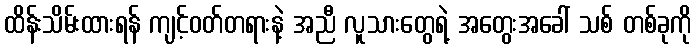
ထိန်းသိမ်းထားရန် ကျင့်ဝတ်တရားနဲ့ အညီ လူသားတွေရဲ့ အတွေးအခေါ် သစ် တစ်ခုကို